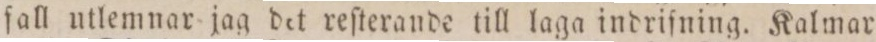
fall utlemnar jag det reſterande till laga indrifning. Kalmar